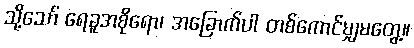
သို့သော် ရေခူအစိုရော၊ အခြောက်ပါ တစ်ကောင်မျှမတွေ့။